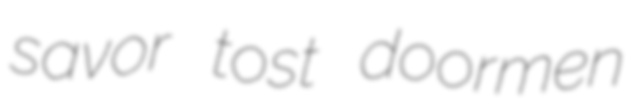
savor tost doormen